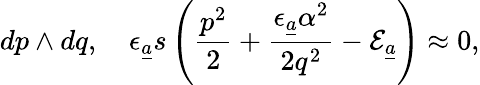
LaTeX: dp\wedge dq,\quad\epsilon_{{\underline{{a}}}}s\left(\frac{p^{2}}{2}+\frac{\epsilon_{{\underline{{a}}}}\alpha^{2}}{2q^{2}}-{\cal E}_{\underline{{a}}}\right)\approx 0,